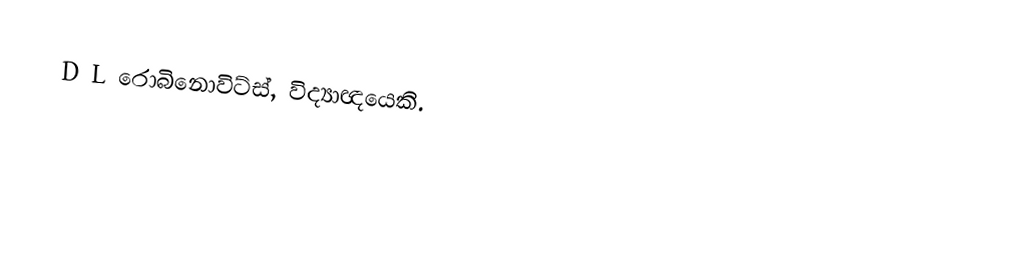
D L රොබිනොවිට්ස්, විද්‍යාඥයෙකි.